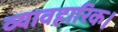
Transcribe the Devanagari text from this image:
व्यावहारिक।